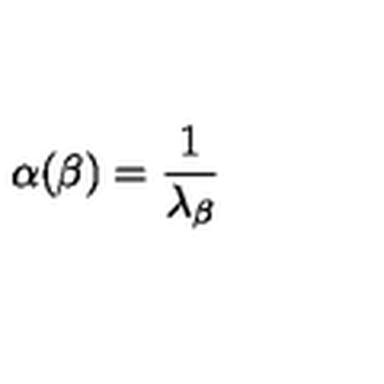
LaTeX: \alpha ( \beta ) = { \frac { 1 } { \lambda _ { \beta } } }